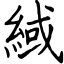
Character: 緎